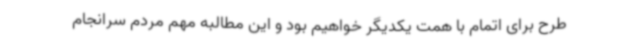
طرح برای اتمام با همت یکدیگر خواهیم بود و این مطالبه مهم مردم سرانجام